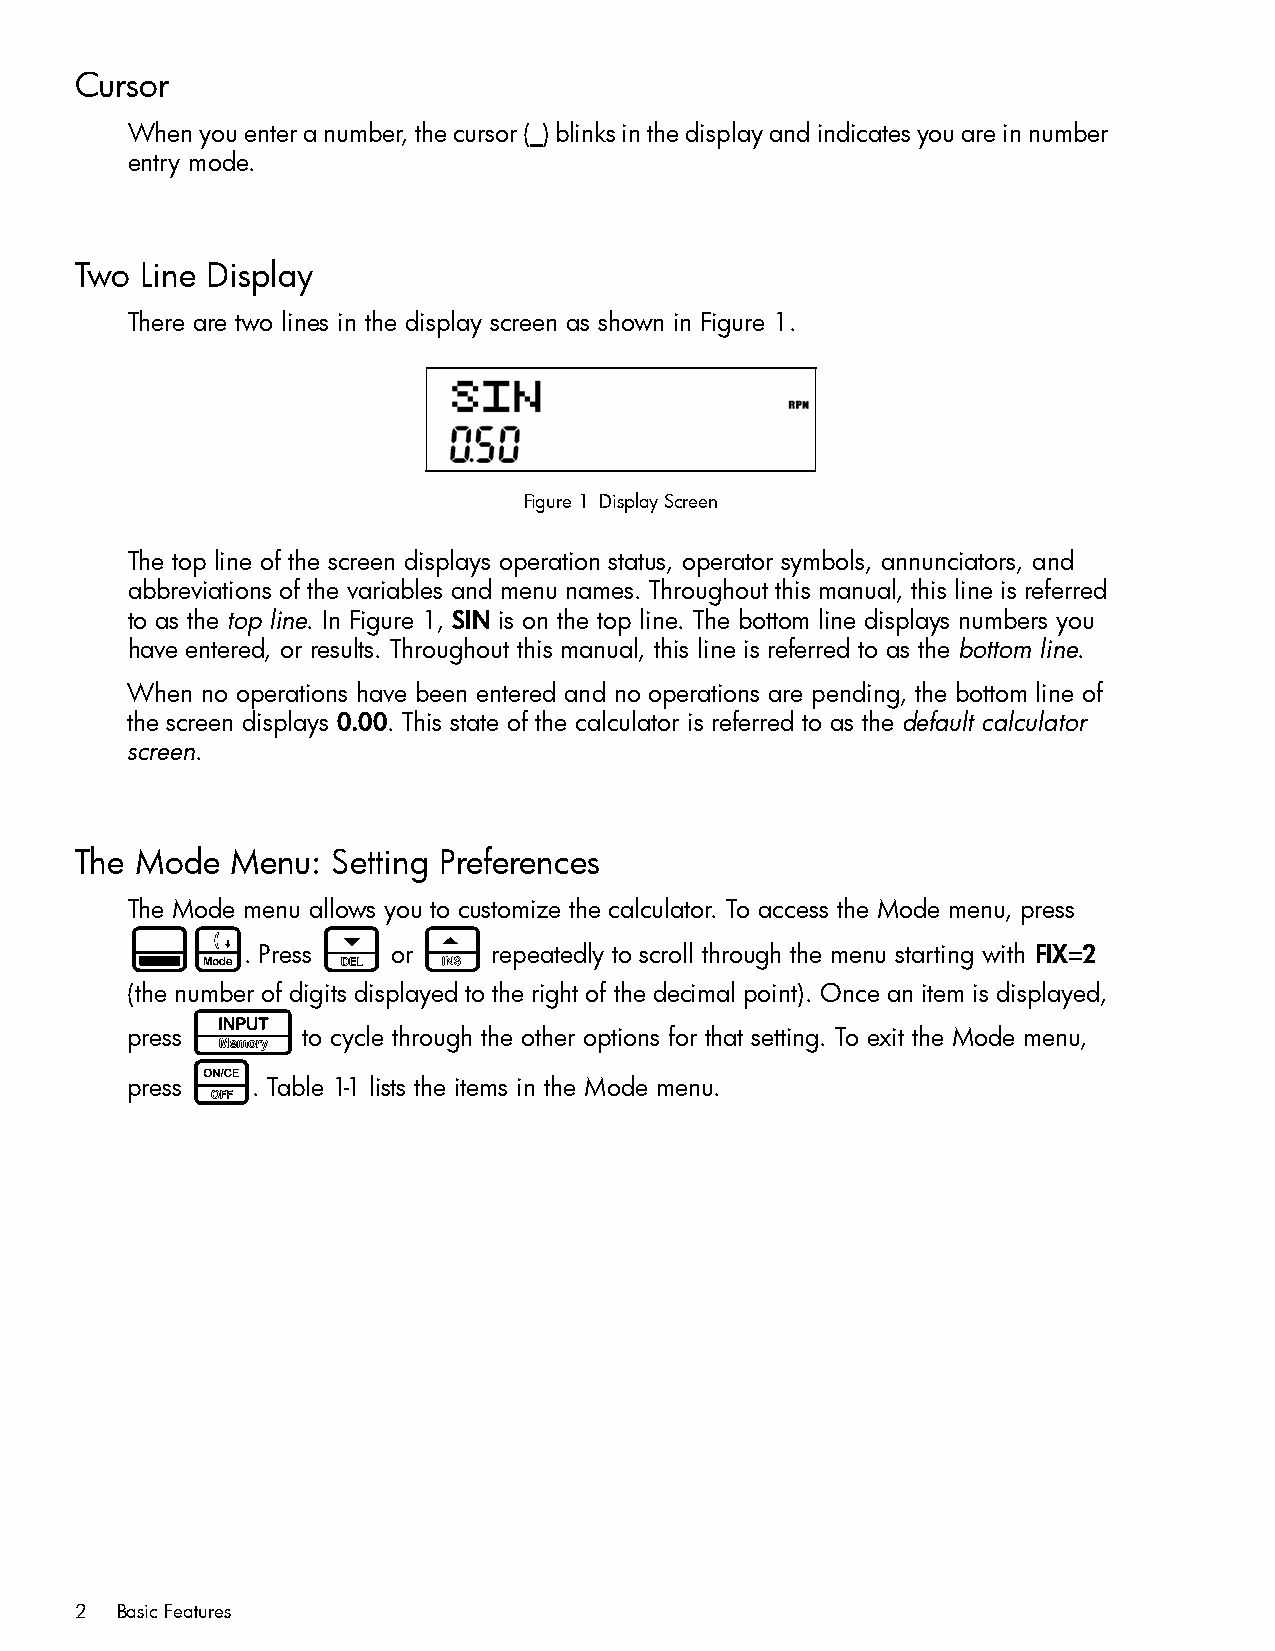
Cursor
 When you enter a number, the cursor (_) blinks in the display and indicates you are in number
 entry mode.
 Two Line Display
 There are two lines in the display screen as shown in Figure 1.
 Figure 1 Display Screen
 The top line of the screen displays operation status, operator symbols, annunciators, and
 abbreviations of the variables and menu names. Throughout this manual, this line is referred
 to as the top line. In Figure 1, SIN is on the top line. The bottom line displays numbers you
 have entered, or results. Throughout this manual, this line is referred to as the bottom line.
 When no operations have been entered and no operations are pending, the bottom line of
 the screen displays 0.00. This state of the calculator is referred to as the default calculator
 screen.
 The Mode  Menu:  Setting Preferences
 The Mode menu allows you to customize the calculator. To access the Mode menu, press
 :u           <      >
 . Press   or     repeatedly to scroll through the menu starting with FIX=2
 (the number of digits displayed to the right of the decimal point). Once an item is displayed,
 I
 press       to cycle through the other options for that setting. To exit the Mode menu,
 O
 press    . Table 1-1 lists the items in the Mode menu.
 2  Basic Features